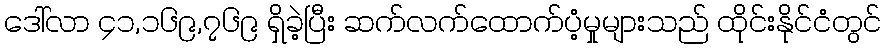
ဒေါ်လာ ၄၁,၁၆၉,၇၆၉ ရှိခဲ့ပြီး ဆက်လက်ထောက်ပံ့မှုများသည် ထိုင်းနိုင်ငံတွင်